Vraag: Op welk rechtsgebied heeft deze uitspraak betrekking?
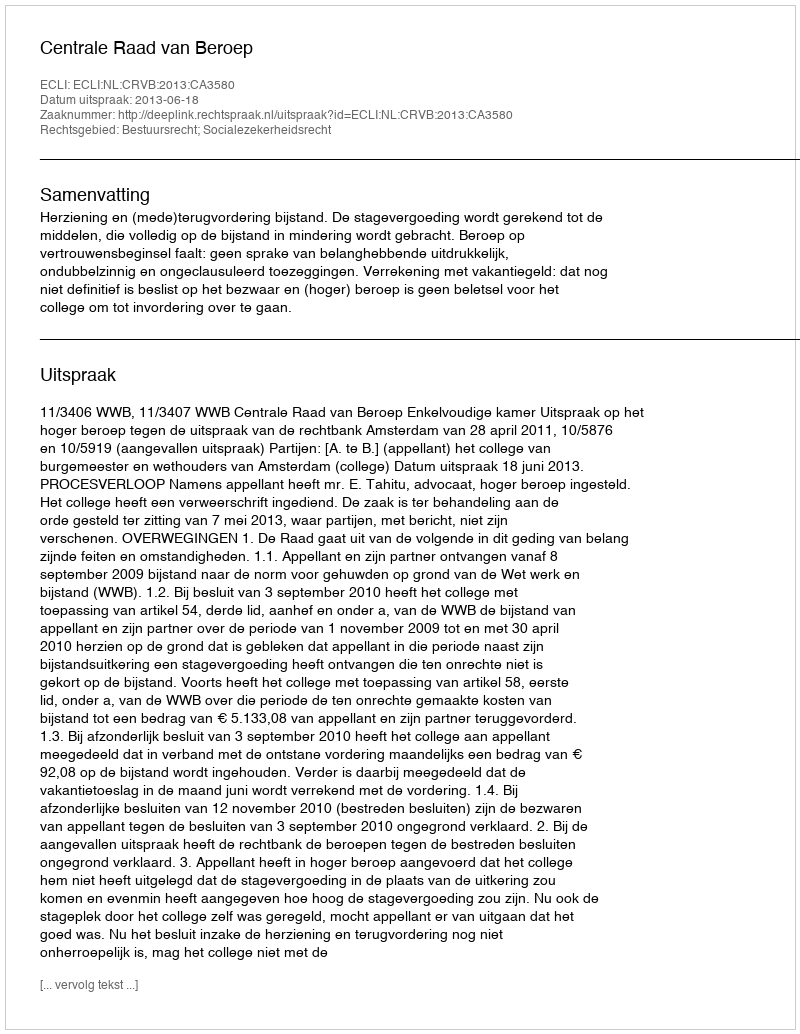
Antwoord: Bestuursrecht; Socialezekerheidsrecht